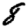
Digit: 8